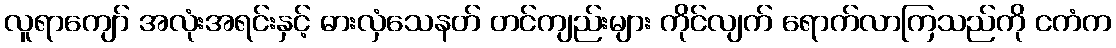
လူရာကျော် အလုံးအရင်းနှင့် ဓားလှံသေနတ် တင်ကျည်းများ ကိုင်လျက် ရောက်လာကြသည်ကို ငကံက